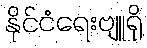
နိုင်ငံရေးဗျူရို